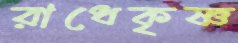
রাধেকৃষ্ণ